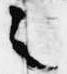
言